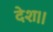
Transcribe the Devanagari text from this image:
देश।।